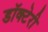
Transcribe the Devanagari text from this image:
डॉक्टेरी